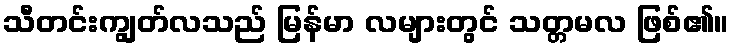
သီတင်းကျွတ်လသည် မြန်မာ လများတွင် သတ္တမလ ဖြစ်၏။